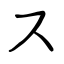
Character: ス